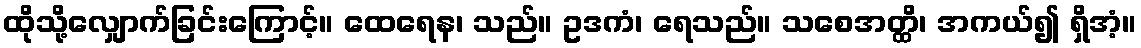
ထိုသို့လျှောက်ခြင်းကြောင့်။ ထေရေန၊ သည်။ ဥဒကံ၊ ရေသည်။ သစေအတ္ထိ၊ အကယ်၍ ရှိအံ့။